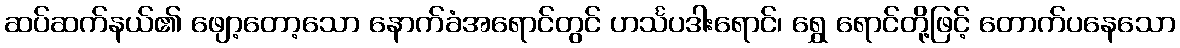
ဆပ်ဆက်နယ်၏ ဖျော့တော့သော နောက်ခံအရောင်တွင် ဟင်္သပဒါးရောင်၊ ရွှေ ရောင်တို့ဖြင့် တောက်ပနေသော